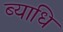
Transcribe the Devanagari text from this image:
ब्‍याधि